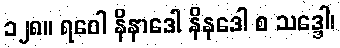
၁၂၈။ ရဝေါ နိနာဒေါ နိနဒေါ စ သဒ္ဒေါ၊